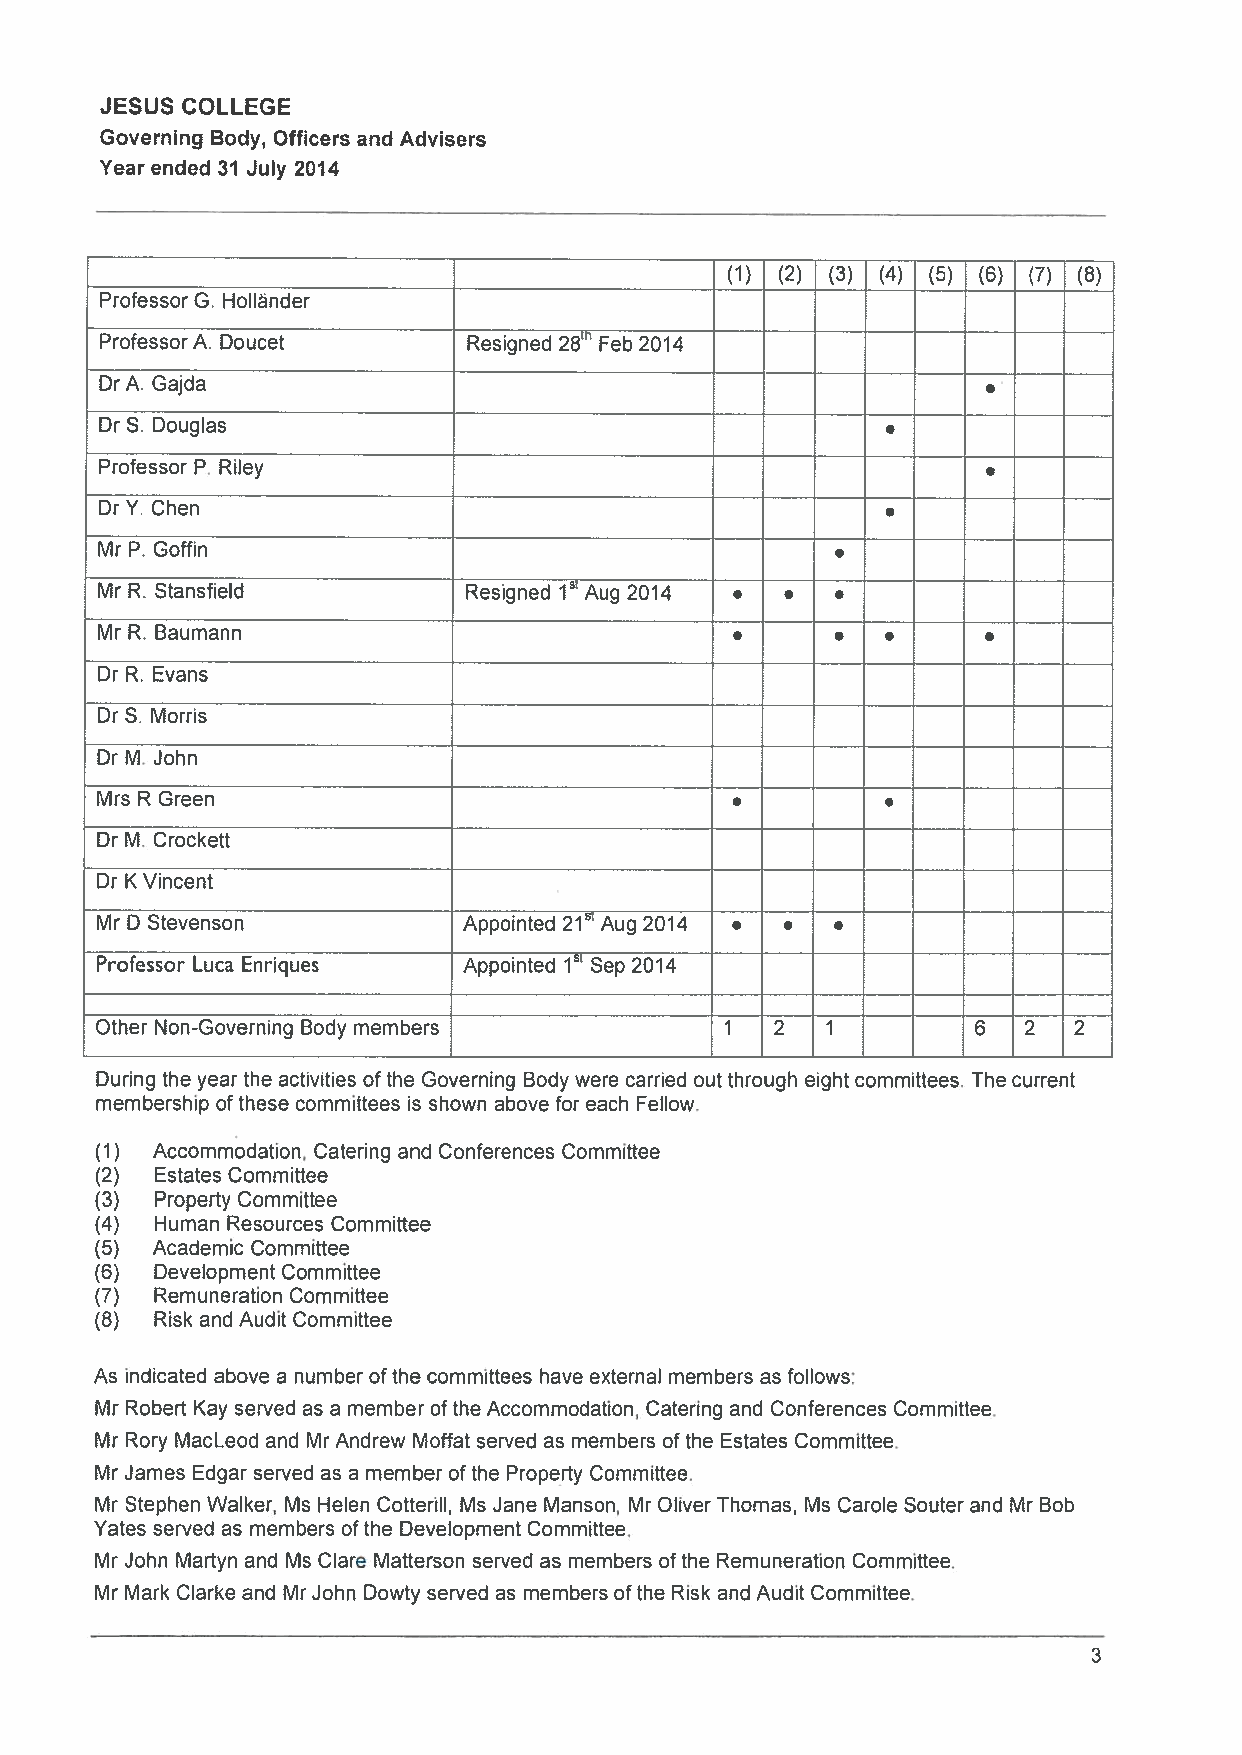
JESUS COLLEGE
 Governing Body, Officers and Advisers
 Year ended 31 July 2014
 (1) (2) (3) (4) (5) (6) (7) (8)
 Professor C. Hollãnder
 Professor A. Doucet     Resigned 28 Feb 2014
 —     —
 Dr A. Gajda
 Dr S. Douglas
 Professor P. Riley
 Dr Y. Chen
 MrP. Coffin
 Mr R. Stansfield        Resigned i’ Aug 2014 • •
 Mr R. Baumann                              •
 Dr R. Evans
 Dr S. Morris
 Dr M. John
 Mrs R Green                                •
 Dr M. Crockett
 Dr K Vincent
 Mr D Stevenson           Appointed 2s1t Aug 2014 • . •
 Professor Luca Enriques  Appointed 1 Sep 2014
 Other Non-Governing Body members          1  2   1         6  2  2
 During the year the activities ofthe Governing Body were carried out through eight committees. The current
 membership of these committees is shown above for each Fellow.
 (1) Accommodation, Catering and Conferences Committee
 (2) Estates Committee
 (3) Property Committee
 (4) Human Resources Committee
 (5) Academic Committee
 (6) Development Committee
 (7) Remuneration Committee
 (8) Risk and Audit Committee
 As indicated above a number ofthe committees have external members as follows:
 Mr Robert Kay served as a member of the Accommodation, Catering and Conferences Committee.
 Mr Rory MacLeod and Mr Andrew Moffat served as members ofthe Estates Committee.
 Mr James Edgar served as a member of the Property Committee.
 Mr Stephen Walker, Ms Helen Cotterill, Ms Jane Manson, Mr OliverThomas, Ms Carole Souter and Mr Bob
 Yates served as members of the Development Committee.
 Mr John Martyn and Ms Clare Matterson served as members of the Remuneration Committee.
 Mr Mark Clarke and Mr John Dowty served as members ofthe Risk and Audit Committee.
 3